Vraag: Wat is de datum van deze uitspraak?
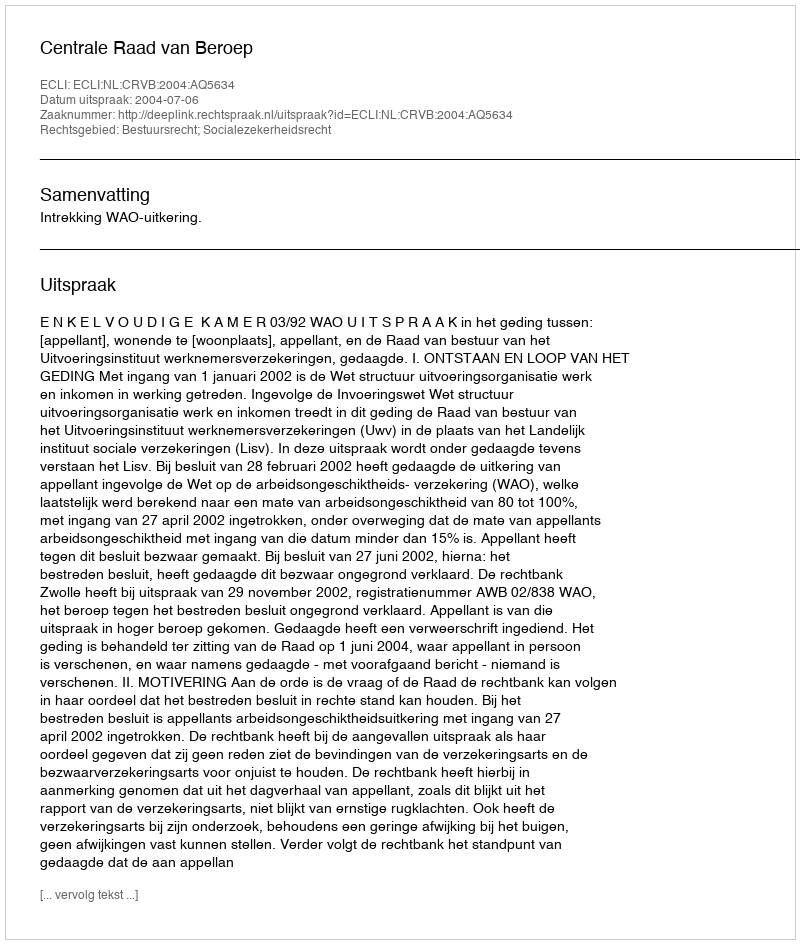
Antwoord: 2004-07-06